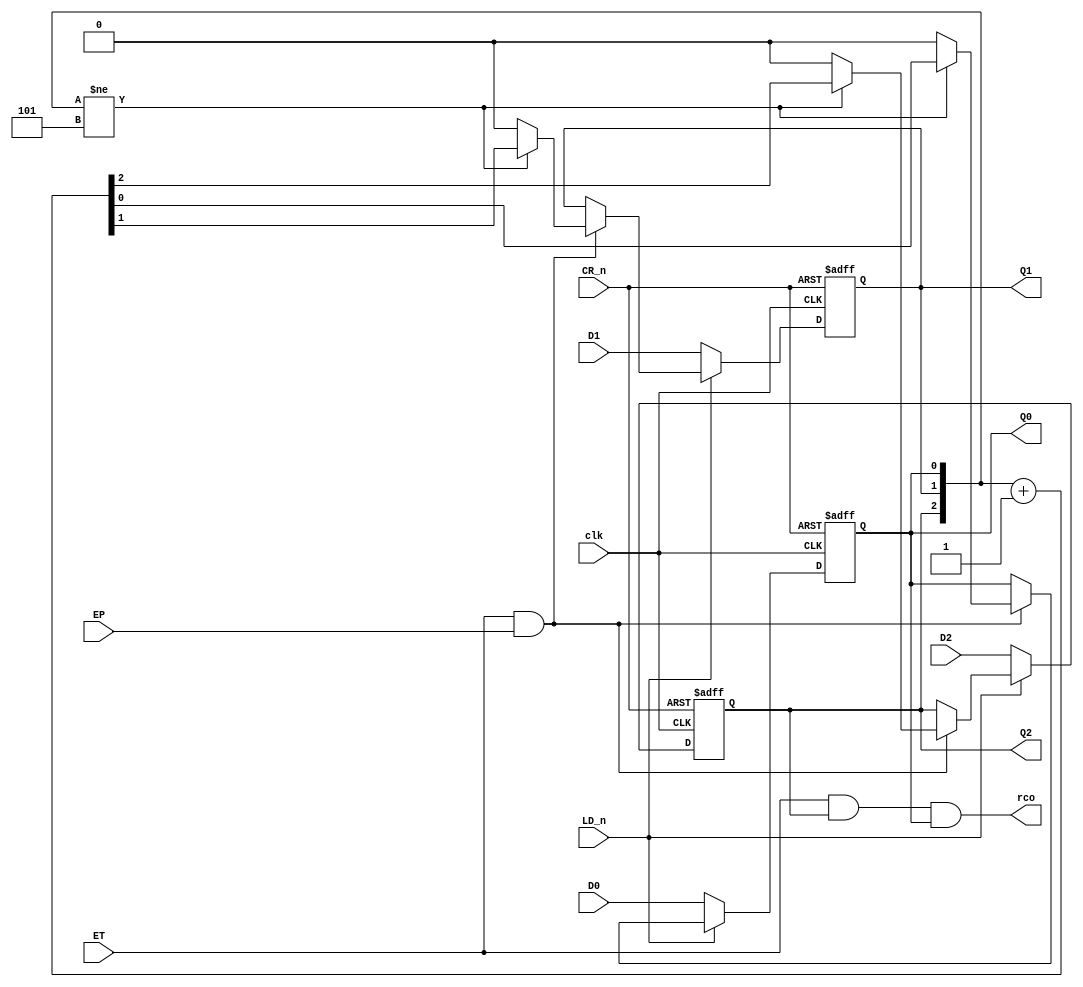
`timescale 1ns / 1ps
//////////////////////////////////////////////////////////////////////////////////
// Company: 
// Engineer: 
// 
// Design Name: 
// Module Name: Counter_Module6
// Project Name: 
// Target Devices: 
// Tool Versions: 
// Description: 
// 
// Dependencies: 
// 
// Revision:
// Revision 0.01 - File Created
// Additional Comments:
// 
//////////////////////////////////////////////////////////////////////////////////


module Counter_Module6(
    input clk,
    input ET, EP,
    input CR_n,
    input LD_n,
    input D2, D1, D0,
    output reg Q2, Q1, Q0,
    output rco
    );
    assign rco = ET&Q2&Q0;
    always@(posedge clk, negedge CR_n)
    begin
        if(~CR_n)
            {Q2, Q1, Q0} <= 3'b000;
        else if(~LD_n)
            {Q2, Q1, Q0} <= {D2, D1, D0};
        else if(ET & EP == 1'b1)
        begin
            if({Q2, Q1, Q0} != 3'b101)
                {Q2, Q1, Q0} <= {Q2, Q1, Q0} + 1;
            else {Q2, Q1, Q0} <= 3'b000;    
        end        
    end
endmodule